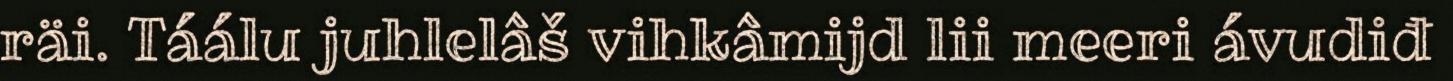
räi. Táálu juhlelâš vihkâmijd lii meeri ávudiđ